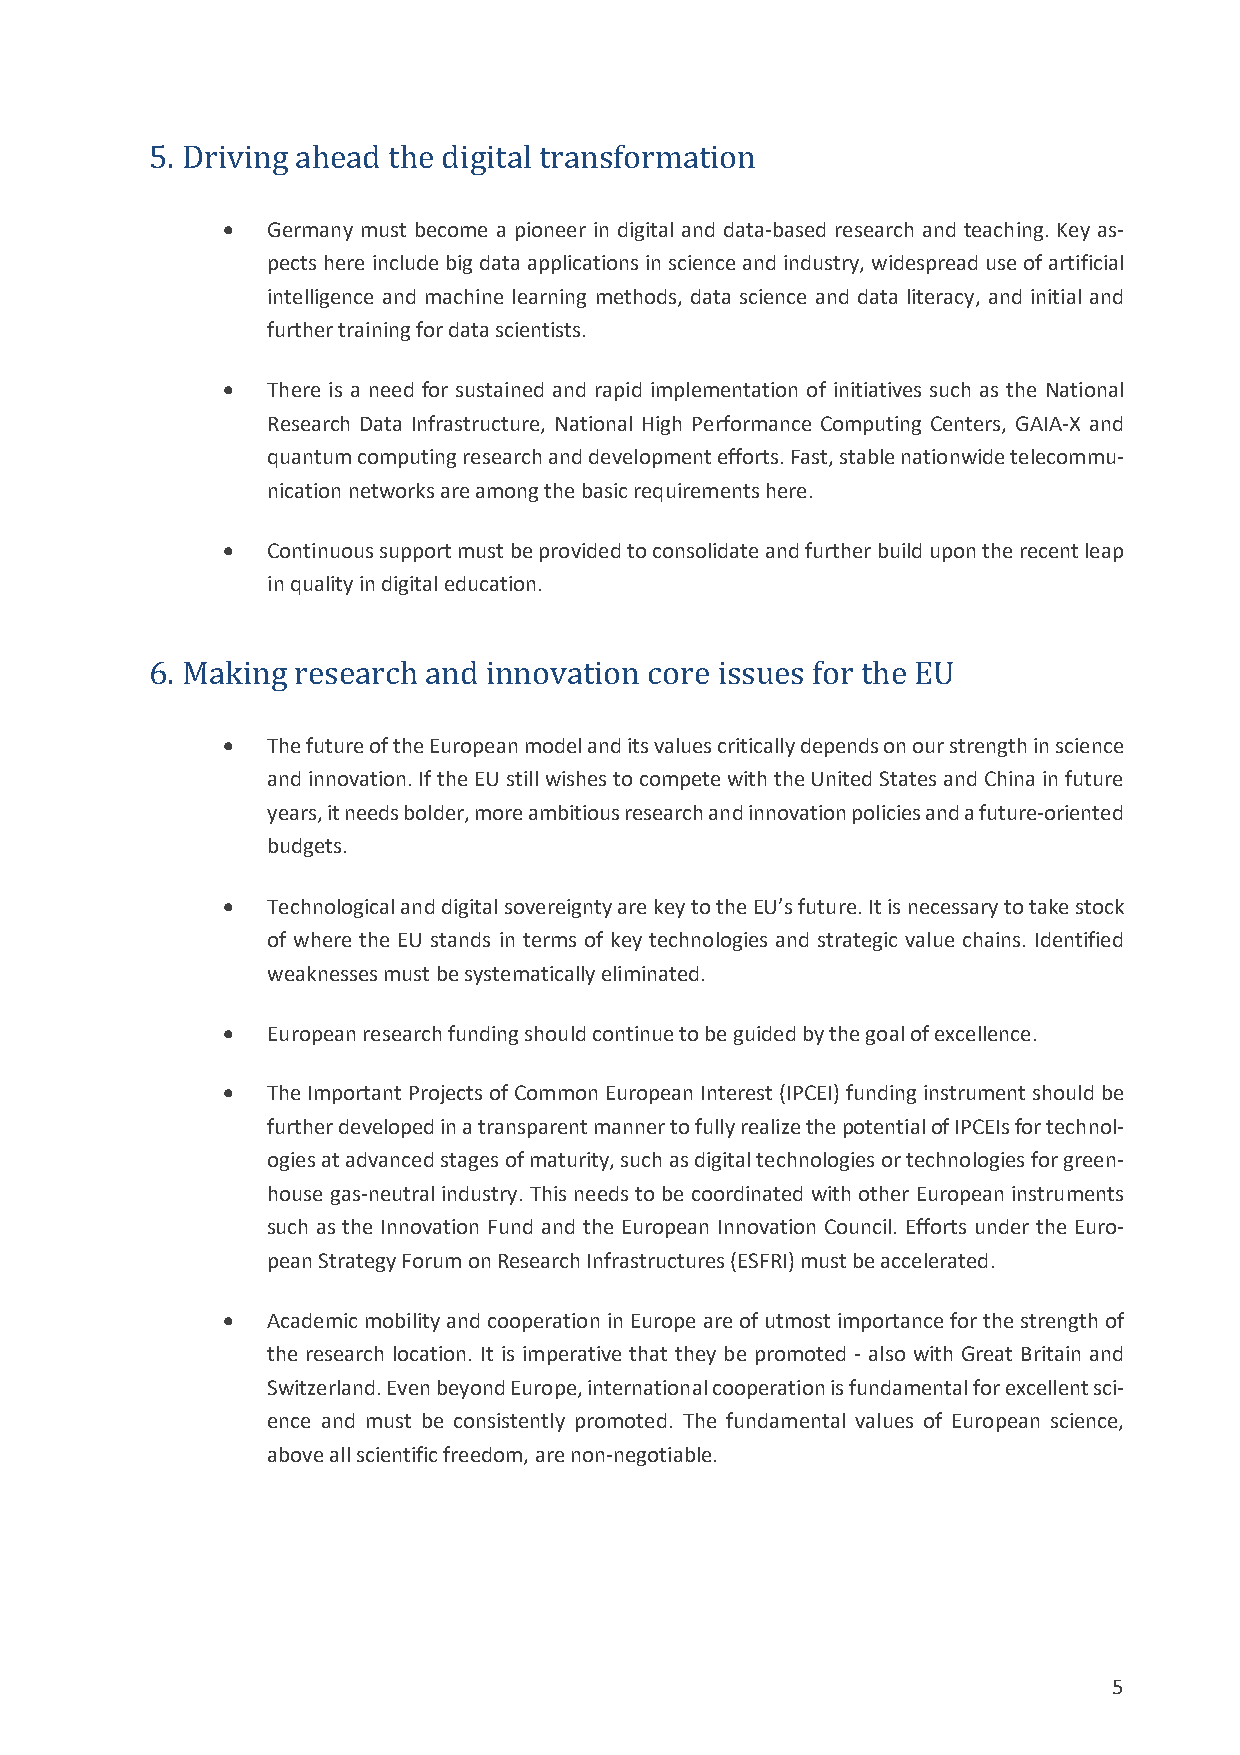
5. Driving ahead the digital transformation
 •  Germany must become a pioneer in digital and data-based research and teaching. Key as-
 pects here include big data applications in science and industry, widespread use of artificial
 intelligence and machine learning methods, data science and data literacy, and initial and
 further training for data scientists.
 •  There is a need for sustained and rapid implementation of initiatives such as the National
 Research Data Infrastructure, National High Performance Computing Centers, GAIA-X and
 quantum computing research and development efforts. Fast, stable nationwide telecommu-
 nication networks are among the basic requirements here.
 •  Continuous support must be provided to consolidate and further build upon the recent leap
 in quality in digital education.
 6. Making research and innovation core issues for the EU
 •  The future of the European model and its values critically depends on our strength in science
 and innovation. If the EU still wishes to compete with the United States and China in future
 years, it needs bolder, more ambitious research and innovation policies and a future-oriented
 budgets.
 •  Technological and digital sovereignty are key to the EU’s future. It is necessary to take stock
 of where the EU stands in terms of key technologies and strategic value chains. Identified
 weaknesses must be systematically eliminated.
 •  European research funding should continue to be guided by the goal of excellence.
 •  The Important Projects of Common European Interest (IPCEI) funding instrument should be
 further developed in a transparent manner to fully realize the potential of IPCEIs for technol-
 ogies at advanced stages of maturity, such as digital technologies or technologies for green-
 house gas-neutral industry. This needs to be coordinated with other European instruments
 such as the Innovation Fund and the European Innovation Council. Efforts under the Euro-
 pean Strategy Forum on Research Infrastructures (ESFRI) must be accelerated.
 •  Academic mobility and cooperation in Europe are of utmost importance for the strength of
 the research location. It is imperative that they be promoted - also with Great Britain and
 Switzerland. Even beyond Europe, international cooperation is fundamental for excellent sci-
 ence and must be consistently promoted. The fundamental values of European science,
 above all scientific freedom, are non-negotiable.
 5